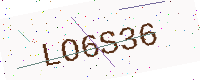
Text: LO6S36